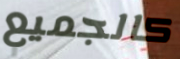
كالجميع